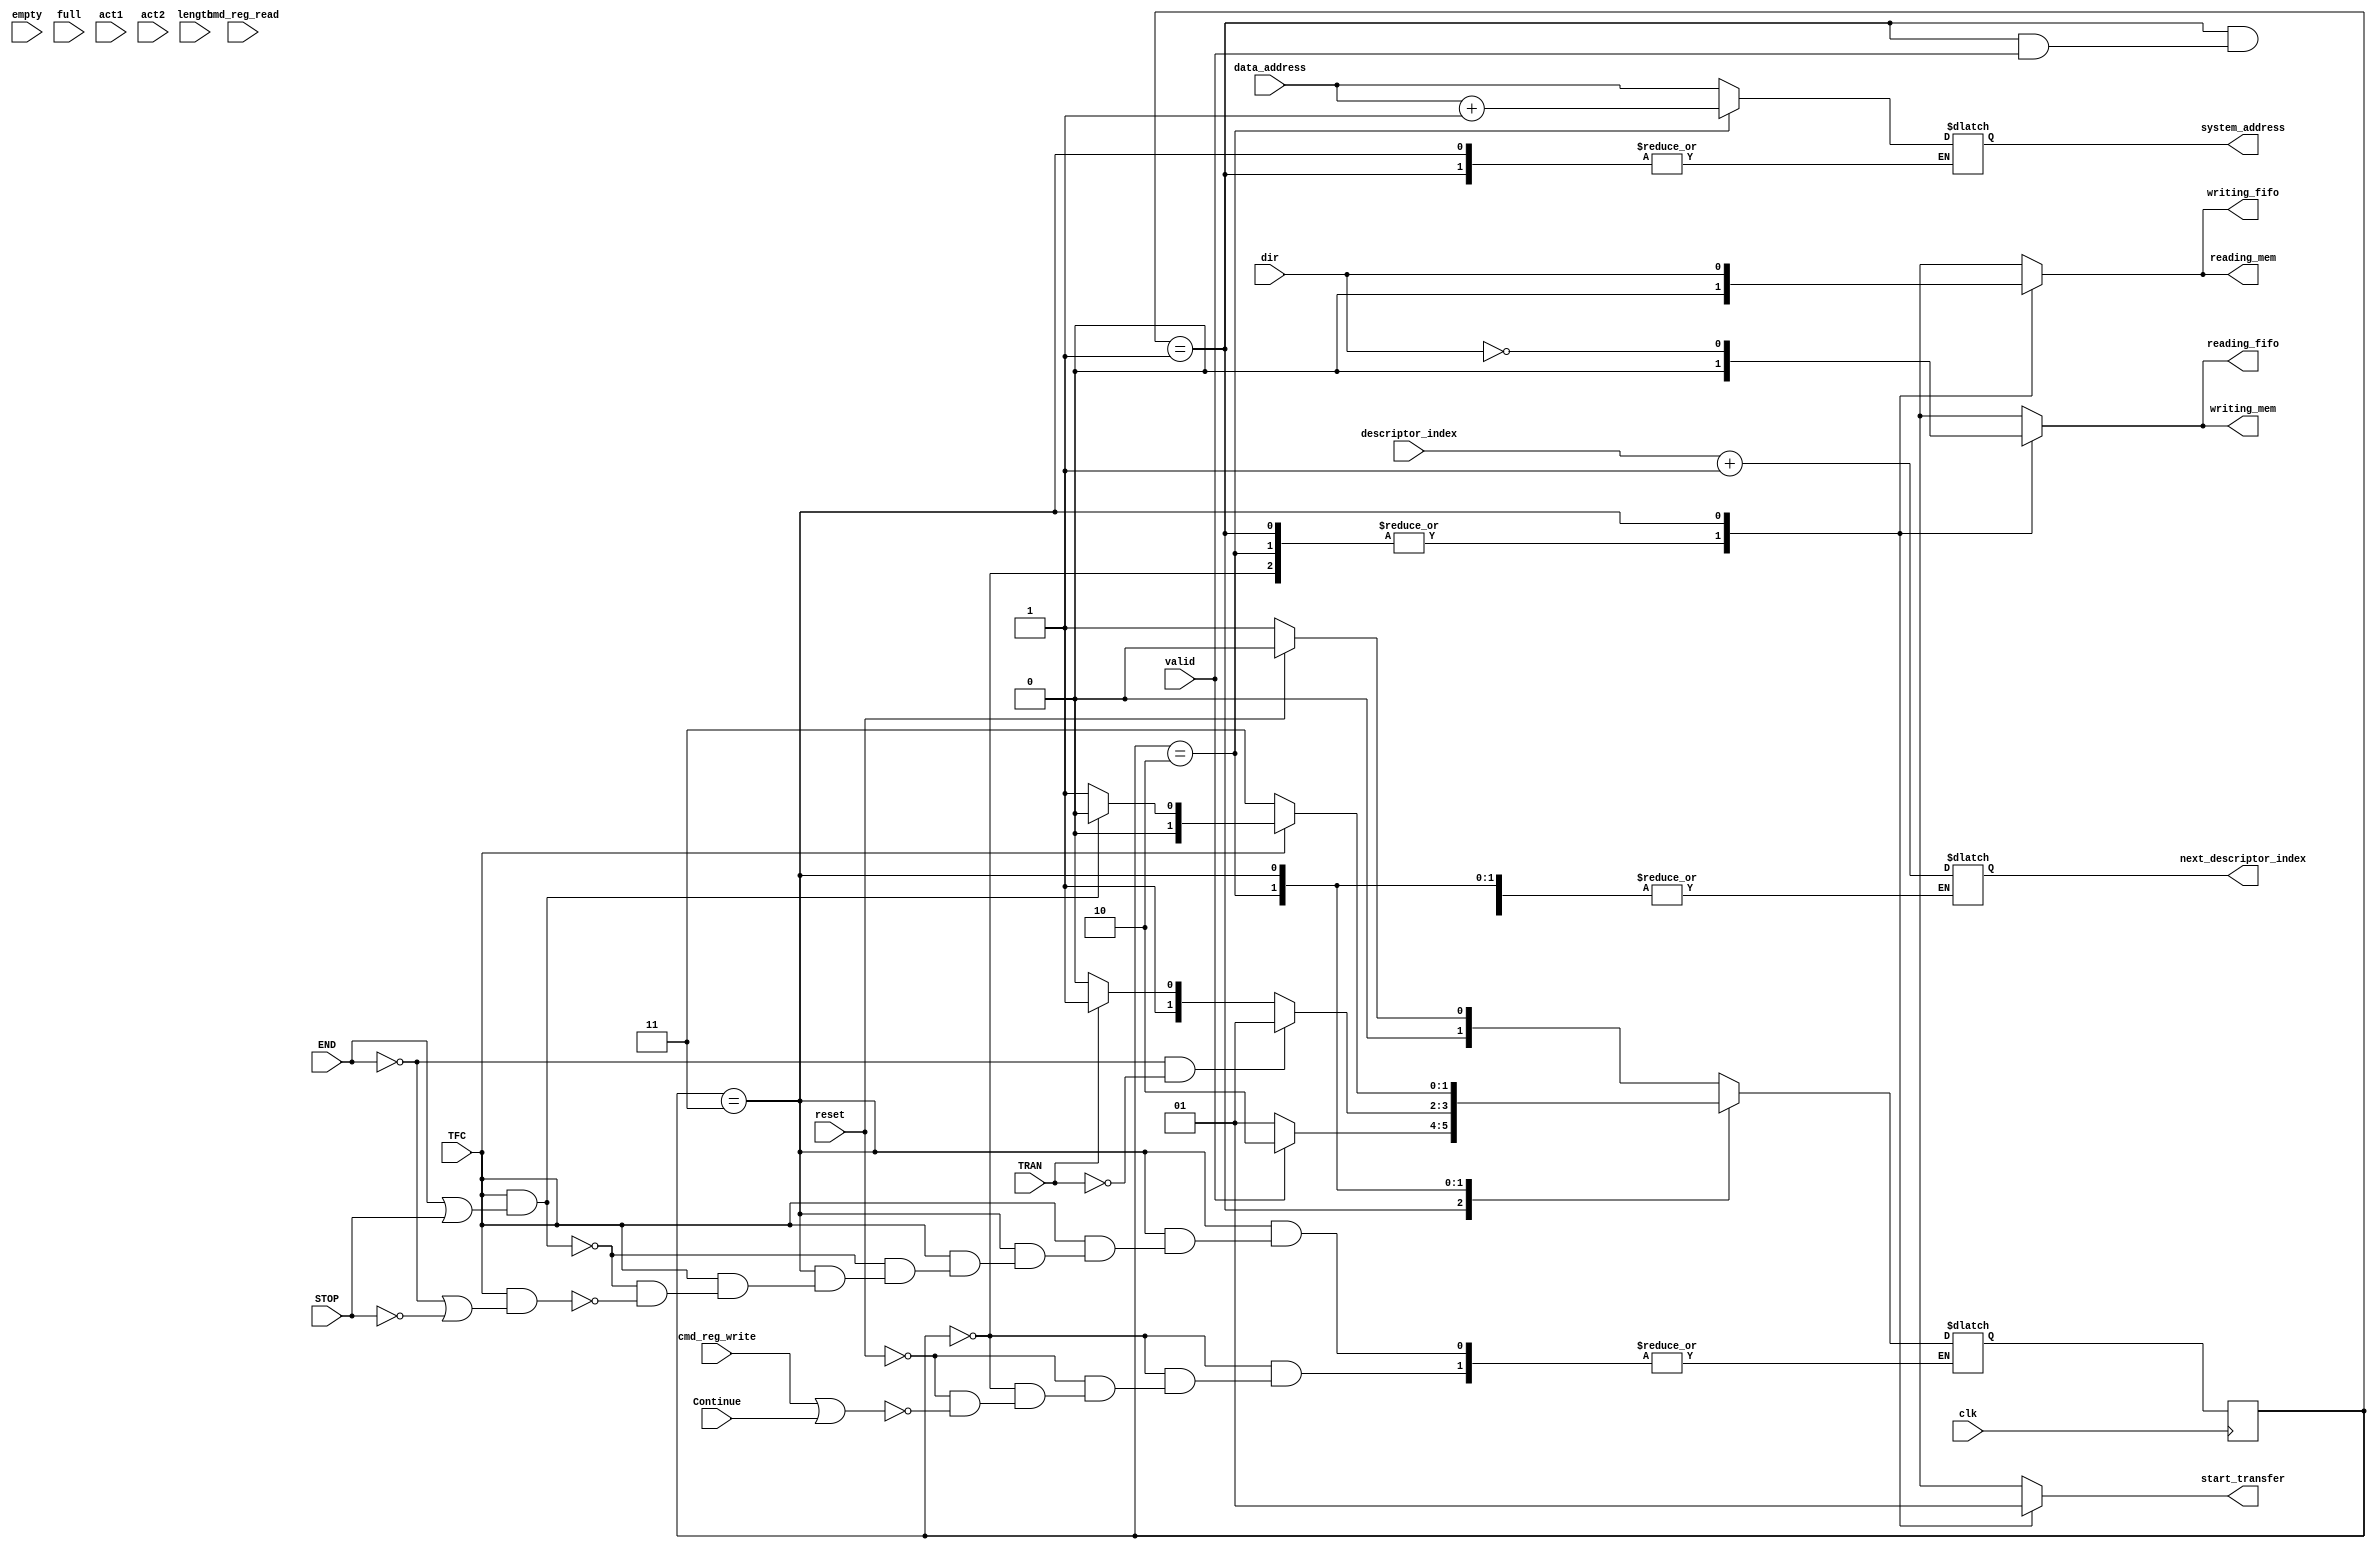
module DMA(input reset,
           input clk,
           input TFC, // Senal del fifo (cuando system_address = data_address + length)
           input cmd_reg_write, // Senal de inicio
           input cmd_reg_read, // Senal de inicio
           input Continue, // Senal de reanudacion
           input TRAN, // Parte del descriptor address
           input STOP, // Interrupt signal
           input empty, // fifo empty
           input full, // fifo full
           input [63:0] data_address, // Posicion donde empieza el dato (Address Field del Address Descriptor)
           input [15:0] length, // Tamano del dato en bytes (Length del Address Descriptor)
		   input [5:0] descriptor_index, // Descriptor table de 64 entradas -> 6 bits de indexacion
		   input  act1, // Attribute[4]
		   input  act2, // Attribute[3]
		   input  END, // Attribute [2]
		   input  valid, // Attribute[1]
		   input  dir, // Attribute[0] 1: from memory to SD / 0: from SD to memory
           output start_transfer,
           output [63:0] system_address, // 4 bytes currently being transfered
           output writing_mem, // 1 if dir = 0 and TFC = 0
           output reading_mem, //
           output reading_fifo,
           output writing_fifo,
		   output [5:0] next_descriptor_index);

 parameter ST_STOP  = 2'b00,
           ST_FDS   = 2'b01,
           ST_CADR  = 2'b10,
           ST_TFR   = 2'b11;

reg   [1:0]          state;          // Estado presente

reg                  reading_fifo;
reg                  writing_fifo;
reg                  reading_mem;
reg                  writing_mem;    // 1 if dir = 0 and TFC = 0
reg                  start_transfer;


reg  [1:0]          next_state; // Proximo estado
reg  [63:0]         system_address; //
reg  [5:0]			next_descriptor_index;


 // Asignar proximo estado

 always  @ (posedge clk)
  begin
  state <= next_state;
  end

 // Logica de transicion de estados

always @(*) begin

   case(state)

	ST_STOP : begin                                                      // ADMA2 stays in this state in following cases:
            if(reset) next_state = ST_STOP;                              // After reset
               else if(cmd_reg_write || Continue) next_state = ST_FDS;   // All descriptor data transfers are completed
          end                                                            // If a new DMA operation is started by writing Command register, go to
                                                                         //  ST_FDS state.

     ST_FDS :   begin                                    // DMA fetches a descriptor line: if (!Act2&&!Act1) NOP: go to next
                    if(!valid) next_state = ST_FDS;      // descriptor line. If descriptor line valid = 0 to go next descriptor line
                    else next_state = ST_CADR;           // Next descriptor line = descriptor_index
                end
     ST_CADR :  begin                                             // Link operation loads another Descriptor address to ADMA System Address
                if(TRAN) next_state = ST_TFR;                // register. In other operations, ADMA System Address register is
                       else next_state = ST_CADR ;
                if(!END&&!TRAN) next_state = ST_FDS  ;      // incremented to point next descriptor line. If TRAN=0, go to ST_TFR state.
                end                                               //  data_address = system_address

ST_TFR : begin                                                            // Data transfer of one descriptor line is executed between system memory
                      if(!TFC) next_state = ST_TFR;                       // and SD card. If data transfer continues (End=0) go to ST_TFR. goto_address++
                      else if(TFC&&(END||STOP)) next_state = ST_STOP;     // If data transfer is complete (End = 1) got to ST_STOP.
                       else if(TFC&&(!END||!STOP)) next_state = ST_FDS;   // Stop signal is generated through interrupts
              end

    default : next_state = ST_STOP;
    endcase
end // always(*)

// Logica de las salidas

always @(*) begin
           case(state)
                      ST_STOP: begin
                               start_transfer = 0;
                               system_address = data_address; // 4 bytes currently being transfered
                               writing_mem  = 0;   // 1 if dir = 0 and TFC = 0
                               reading_mem  = 0;   //
                               reading_fifo = 0;
                               writing_fifo = 0;
                      end

                      ST_FDS: begin

                               start_transfer = 0;
                               writing_mem =  0 ;   // 1 if dir = 0 and TFC = 0
                               reading_mem  = 0;   //
                               reading_fifo = 0;
                               writing_fifo = 0;
                               if(!valid) next_descriptor_index = descriptor_index + 1;
                      end

                      ST_CADR: begin
                               start_transfer = 0;
                	           system_address  = data_address + 1; // 4 bytes currently being transfered
                               writing_mem  = 0;    // 1 if dir = 0 and TFC = 0
                               reading_mem  = 0;   //
                               reading_fifo = 0;
                               writing_fifo = 0;
                      end
                      ST_TFR: begin
                               start_transfer = 1;
                               system_address =  system_address; // 4 bytes currently being transfered
                               writing_mem = !dir;    // 1 if dir = 0 and TFC = 0
                               reading_mem = dir;    //
                               reading_fifo = !dir; // FIXME no lo tengo muy claro
                               writing_fifo = dir;  // FIXME no lo tengo muy claro
                      end

					  default: begin
					  start_transfer = 0;
					  system_address = data_address; // 4 bytes currently being transfered
					  writing_mem  = 0;   // 1 if dir = 0 and TFC = 0
					  reading_mem  = 0;   //
					  reading_fifo = 0;
					  writing_fifo = 0;
			 end

           endcase

end // always @(*)



endmodule